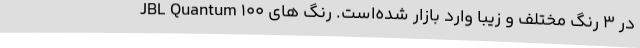
JBL Quantum 100 در ۳ رنگ مختلف و زیبا وارد بازار شده‌است. رنگ های